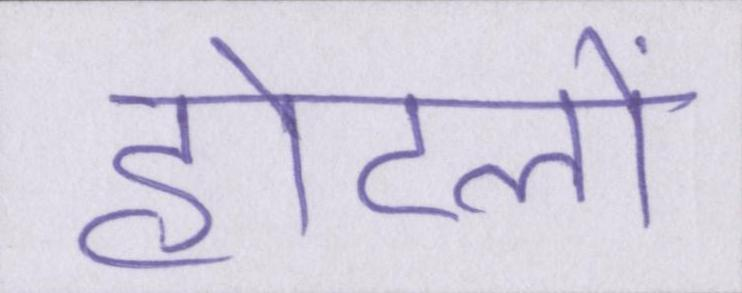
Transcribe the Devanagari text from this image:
होटलों